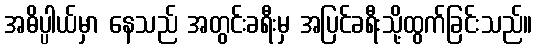
အဓိပ္ပါယ်မှာ နေသည် အတွင်းခရီးမှ အပြင်ခရီးသို့ထွက်ခြင်းသည်။